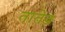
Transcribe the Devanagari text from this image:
तातेड़